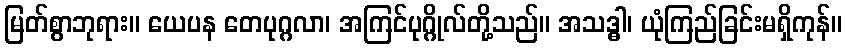
မြတ်စွာဘုရား။ ယေပန တေပုဂ္ဂလာ၊ အကြင်ပုဂ္ဂိုလ်တို့သည်။ အသဒ္ဓါ၊ ယုံကြည်ခြင်းမရှိကုန်။